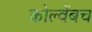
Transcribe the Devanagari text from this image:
कोल्वेंबच